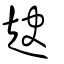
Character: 赽